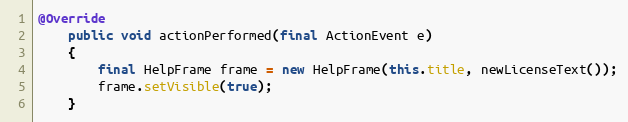
Language: Java
@Override
	public void actionPerformed(final ActionEvent e)
	{
		final HelpFrame frame = new HelpFrame(this.title, newLicenseText());
		frame.setVisible(true);
	}